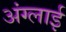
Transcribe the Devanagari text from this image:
अंग्लाई